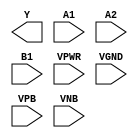
module sky130_fd_sc_ms__o21ai (
    Y   ,
    A1  ,
    A2  ,
    B1  ,
    VPWR,
    VGND,
    VPB ,
    VNB
);

    output Y   ;
    input  A1  ;
    input  A2  ;
    input  B1  ;
    input  VPWR;
    input  VGND;
    input  VPB ;
    input  VNB ;
endmodule